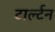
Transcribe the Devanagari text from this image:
टार्ल्टन